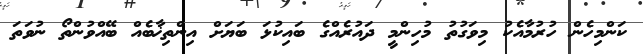
ކަންމިހެން ހުރުމާއެކު މިވަގުތު މުހިންމީ ދައުރެއްގެ ބައިކުޅަ ބަޔަށް އިންތިޚާބެއް ބޭއްވުންތޯ ނުވަތަ